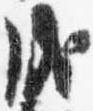
成